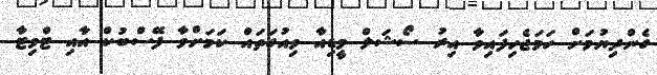
ގެންދިޔުމަށް ހަމަޖެހިފައިވާ އިރު ސޯޝަލް މީޑިއާ ވިއުގަތައް ކަމަށްވާ ފޭސްބުކް އާއި ޓްވިޓާ